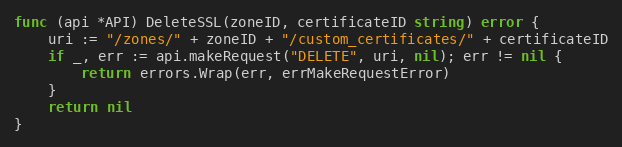
Language: Go
func (api *API) DeleteSSL(zoneID, certificateID string) error {
	uri := "/zones/" + zoneID + "/custom_certificates/" + certificateID
	if _, err := api.makeRequest("DELETE", uri, nil); err != nil {
		return errors.Wrap(err, errMakeRequestError)
	}
	return nil
}